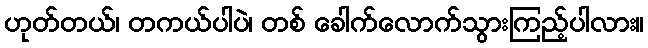
ဟုတ်တယ်၊ တကယ်ပါပဲ၊ တစ် ခေါက်လောက်သွားကြည့်ပါလား။